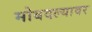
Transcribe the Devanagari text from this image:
मोबदल्यावर